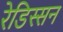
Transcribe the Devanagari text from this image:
रेडिस्सन